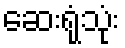
ဆေးရုံသုံး